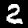
Digit: 2